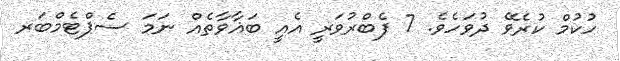
ހުކުމް ކުރެވޭ ދުވަހެވެ. 7 ފެބްރުވަރީ އެއީ ބަޣާވާތެއް ނަމަ ސެޕްޓެމްބަރ